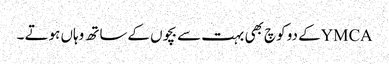
YMCAکے دو کوچ بھی بہت سے بچوں کےساتھ وہاں ہوتے ۔